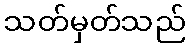
သတ်မှတ်သည်